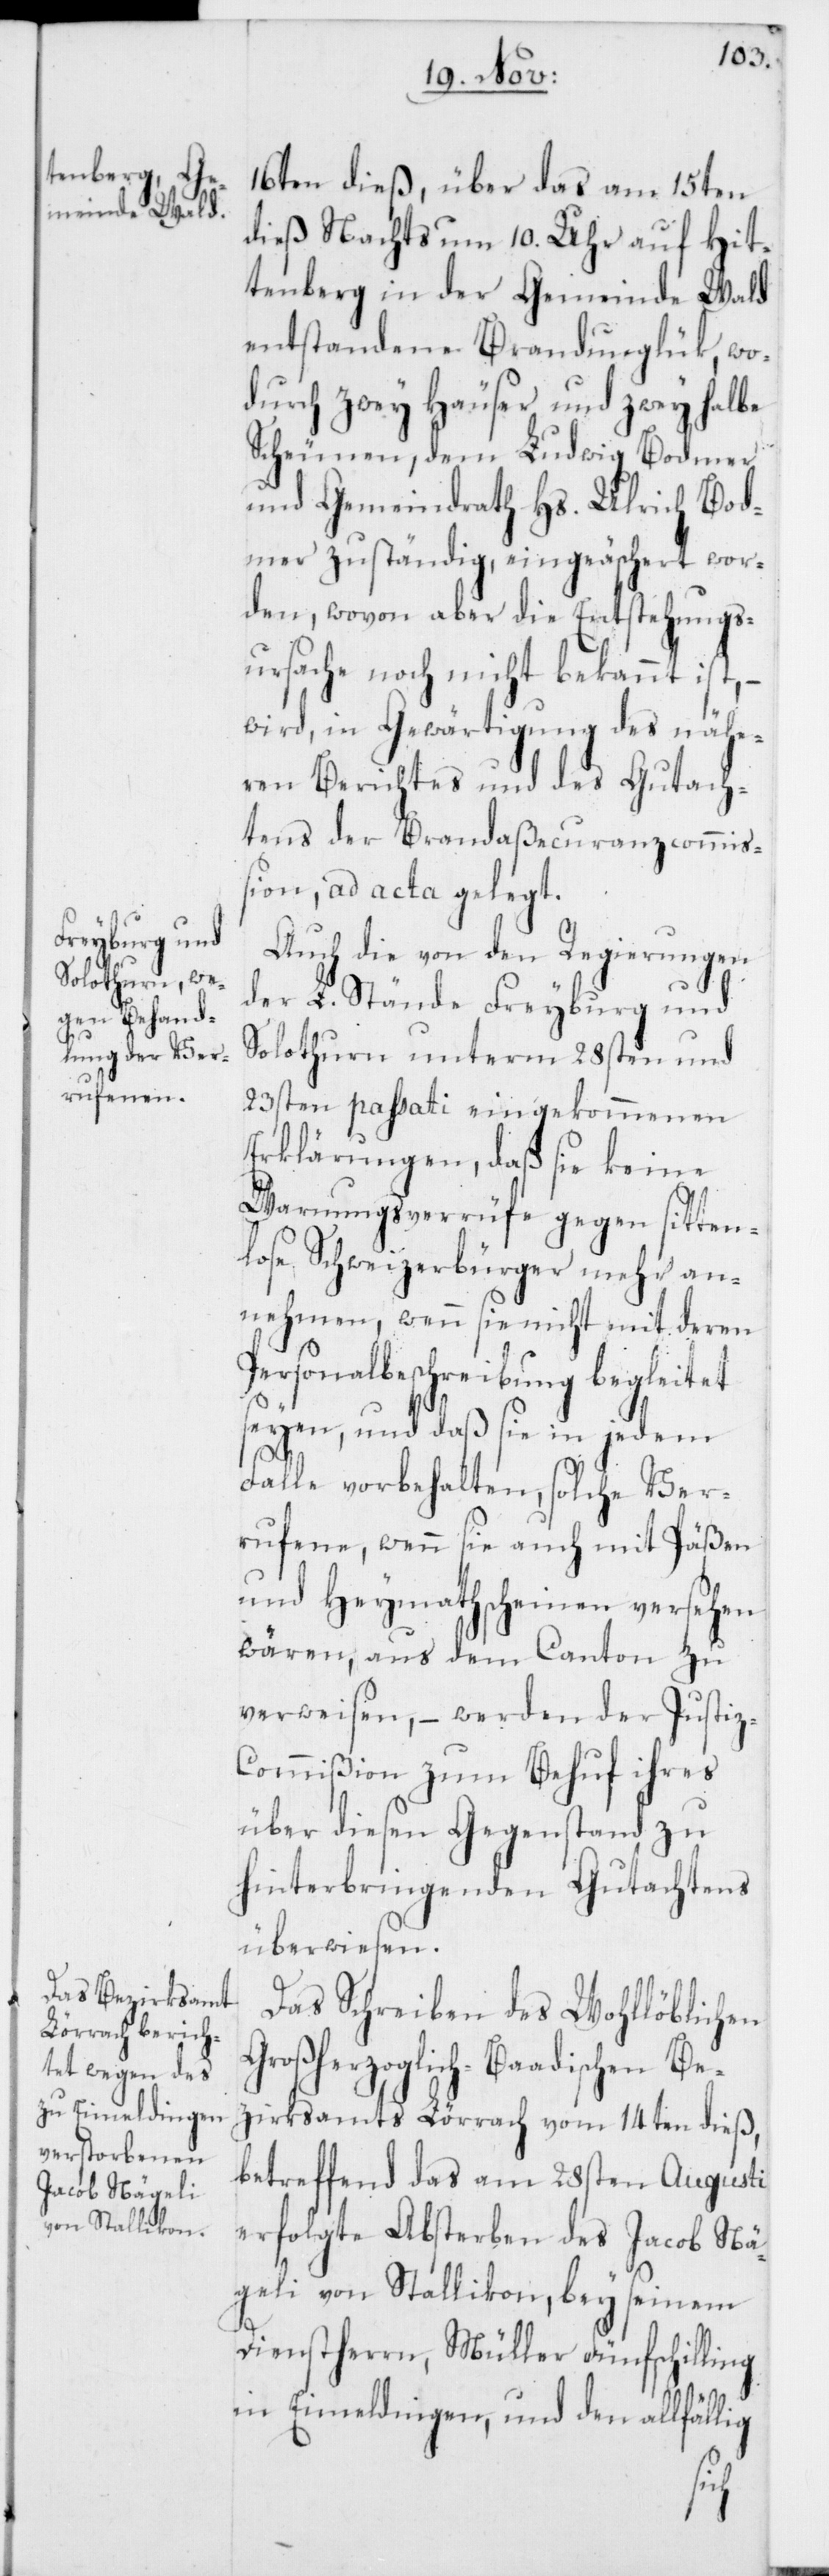
16ten dieß, über das am 15ten
dieß Nachts um 10. Uhr auf Hit¬
tenberg in der Gemeinde Wald
entstandene Brandunglük, wo¬
durch zwey Häuser und zwey halbe
Scheunen, dem Ludwig Bodmer
und Gemeindrath Hs. Ulrich Bod¬
mer zuständig, eingeäschert wor¬
den, wovon aber die Entstehungs¬
ursache noch nicht bekannt ist,
wird, in Gewärtigung des nähe¬
ren Berichtes und des Gutach¬
tens der Brandaßecuranzcommiß¬
ion, ad acta gelegt.
Auch die von den Regierungen
der L. Stände Freyburg und
Solothurn unterm 28sten und
23sten passati eingekommenen
Erklärungen, daß sie keine
Warnungsverrüfe gegen sitten¬
lose Schweizerbürger mehr an¬
nehmen, wenn sie nicht mit deren
Personalbeschreibung begleitet
seyen, und daß sie in jedem
Falle vorbehalten, solche Ver¬
rufene, wenn sie auch mit Päßen
und Heymathscheinen versehen
wären, aus dem Canton zu
verweisen, – werden der Justi¬
z-Commißion zum Behuf ihres
über diesen Gegenstand zu
hinterbringenden Gutachtens
überwiesen.
Das Schreiben des Wohllöblichen
Großherzoglich-Baadischen Ber¬
zirksamts Lörrach vom 14ten dieß,
betreffend das am 28sten Augusti
erfolgte Absterben des Jacob Nä¬
geli von Stallikon, bey seinem
Dienstherrn, Müller Fünfschilling
in Eimeldingen, und den allfällig